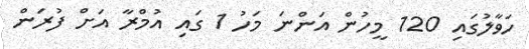
ހަވާލުގައި 120 މީހުން އަންނަ މަހު 1 ގައި އުމްރާ އަށް ފުރަން